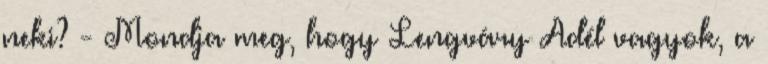
neki? - Mondja meg, hogy Lengváry Adél vagyok, a